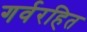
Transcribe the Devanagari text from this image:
गर्वरहित